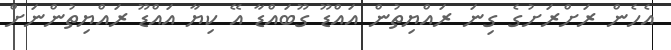
އެހެން ރަށްރަށުގެ ގިނަ ރައްޔިތުން އައްޑޫ ގޫބައްޑާ އޭ ކިޔާ އައްޑޫ ރައްޔިތުންނަށް